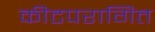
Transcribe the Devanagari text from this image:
कीटपरागित